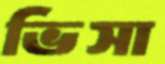
ভিসা